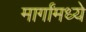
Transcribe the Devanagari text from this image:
मार्गांमध्ये